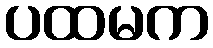
ပထမက